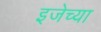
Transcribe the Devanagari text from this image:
इजेच्या